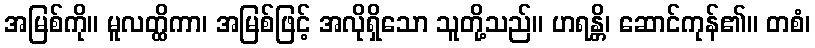
အမြစ်ကို။ မူလတ္ထိကာ၊ အမြစ်ဖြင့် အလိုရှိသော သူတို့သည်။ ဟရန္တိ၊ ဆောင်ကုန်၏။ တစံ၊